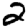
Digit: 2